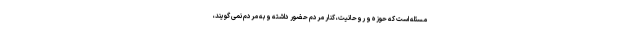
مسئله است که حوزه و روحانیت، کنار مردم حضور داشته و به مردم نمی گویند،